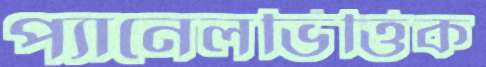
প্যানেলভিত্তিক